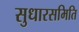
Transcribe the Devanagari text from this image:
सुधारसमिति